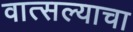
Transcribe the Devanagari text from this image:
वात्सल्याचा